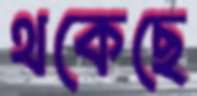
থকেছে